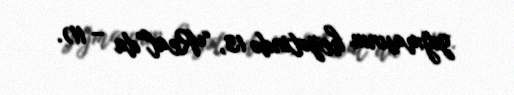
yığmasının heyətində 13, “Real”da – 11).